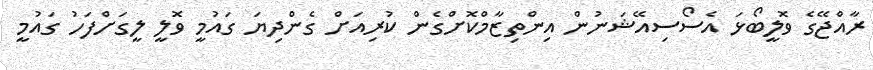
ރާއްޖޭގެ ވޮލީބޯޅަ އެސޯސިއޭޝަނުން އިންތިޒާމްކޮށްގެން ކުރިއަށް ގެންދިޔަ ގައުމީ ވޮލީ ލީގަށްފަހު ގައުމީ